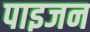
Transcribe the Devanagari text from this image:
पाइजन